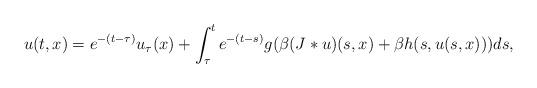
LaTeX: \begin{align*}u(t,x)=e^{-(t-\tau)}u_\tau(x)+\int_\tau^te^{-(t-s)}g(\beta(J*u)(s,x) +\beta h(s,u(s,x)))ds,\end{align*}